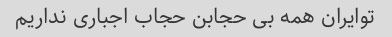
توایران همه بی حجابن حجاب اجباری نداریم